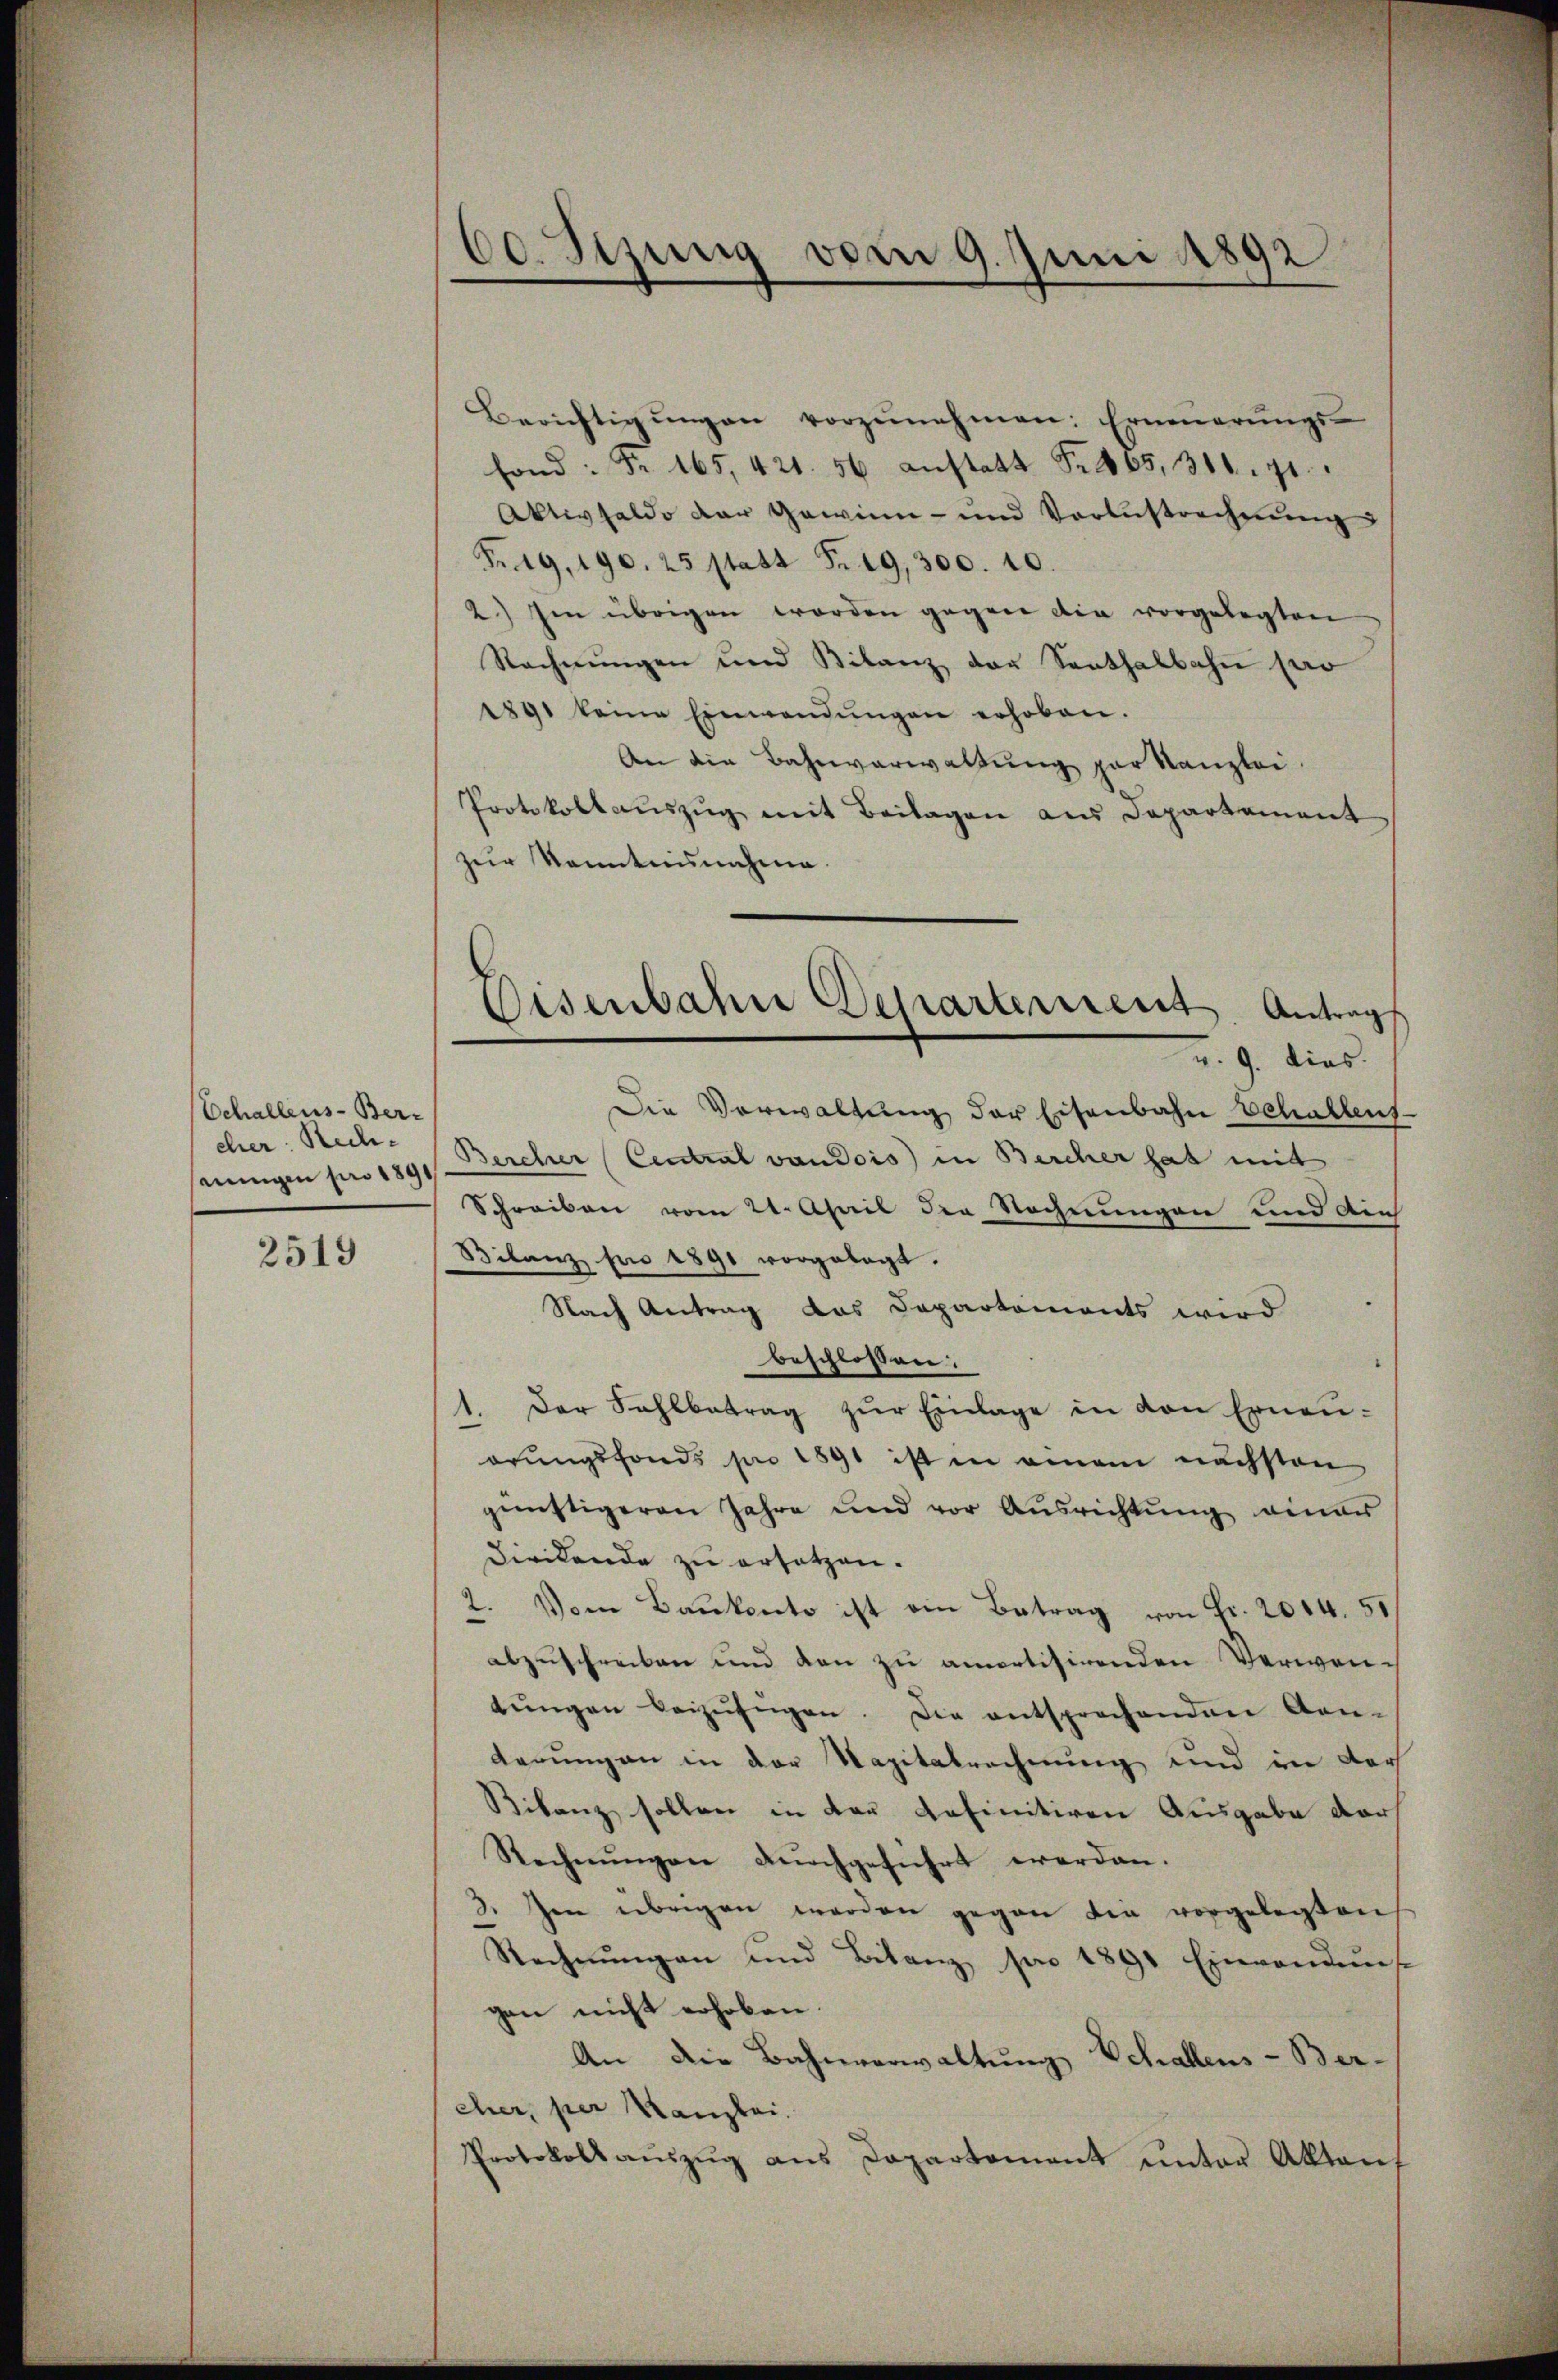
Echallens-Ber-
cher: Rechnungen pro 1891

2519

60. Stung vom 9. Juni 1892

Berichtigŭngen vorzŭnehmen: Erneŭerŭngs-
fond: Nr. 165, 421. 56 anstatt Fr. 405, 316. 91.
Aktivsaldo der Gewinn- und Verlustrechnŭng
Fr. 19, 190. 25 statt Fr. 19, 300. 10.
2) Im übrigen worden gegen die vorgelegten
Rechnungen und Bilanz der Santhalbahn pro
1891 keine Einwendŭngen erhoben.
An die Bahnverwaltung zur Kanzlei-
Protokollaŭszŭg mit Beilagen aus Departement
zur kanntennahme.
u. 9. dies
Die Verwaltung der Eisenbahn Schallens
Bercher Central vaudois) in Bercher hat mit
Schreiben vom 21. April die Rechnungen und Aich
Bilanz pro 1891 vorgelegt.
Nach Antrag das Departements wird
beschlossen:
1. Der Fahlbetrag zur Einlage in den Erneuarungsfonds pro 1891 ist in einem nächsten
günstigeren Jahre und vor Aŭsrichtŭng einer
Dirckende zu ersetzen.
2. Vom Bankente ist ein Betrag von Fr. 2044. 50
abzuschreiben und den zu amortisirenden Verwen-
tŭngen beizufügen. Die entsprechenden An-
derungen in der Napitalrechnung und in ders
Bilanz sollen in der definitiven Ausgabe darf
Rechnŭngen dŭrchgeführt werden.
3. Im übrigen werden gegen die vorgelegten
Rechnungen und Bitanz pro 1891 Einvendung
gan nicht erhoben.
An die Bahnverwaltung Schallens-Ber-
cher, per Kanzlei.
Protokoll aŭszŭg ans Departement ŭnter Aktens

Oisenbahne Departement Antrags